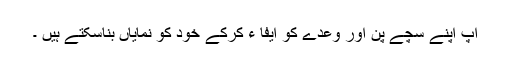
آپ اپنے سچے پن اور وعدے کو ایفا ء کرکے خود کو نمایاں بناسکتے ہیں ۔